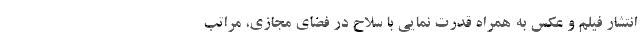
انتشار فیلم و عکس به همراه قدرت نمایی با سلاح در فضای مجازی، مراتب